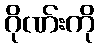
ဂိုဏ်းကို